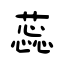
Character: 蕊